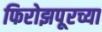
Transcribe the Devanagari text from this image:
फिरोझपूरच्या